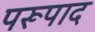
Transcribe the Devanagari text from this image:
परूपाद